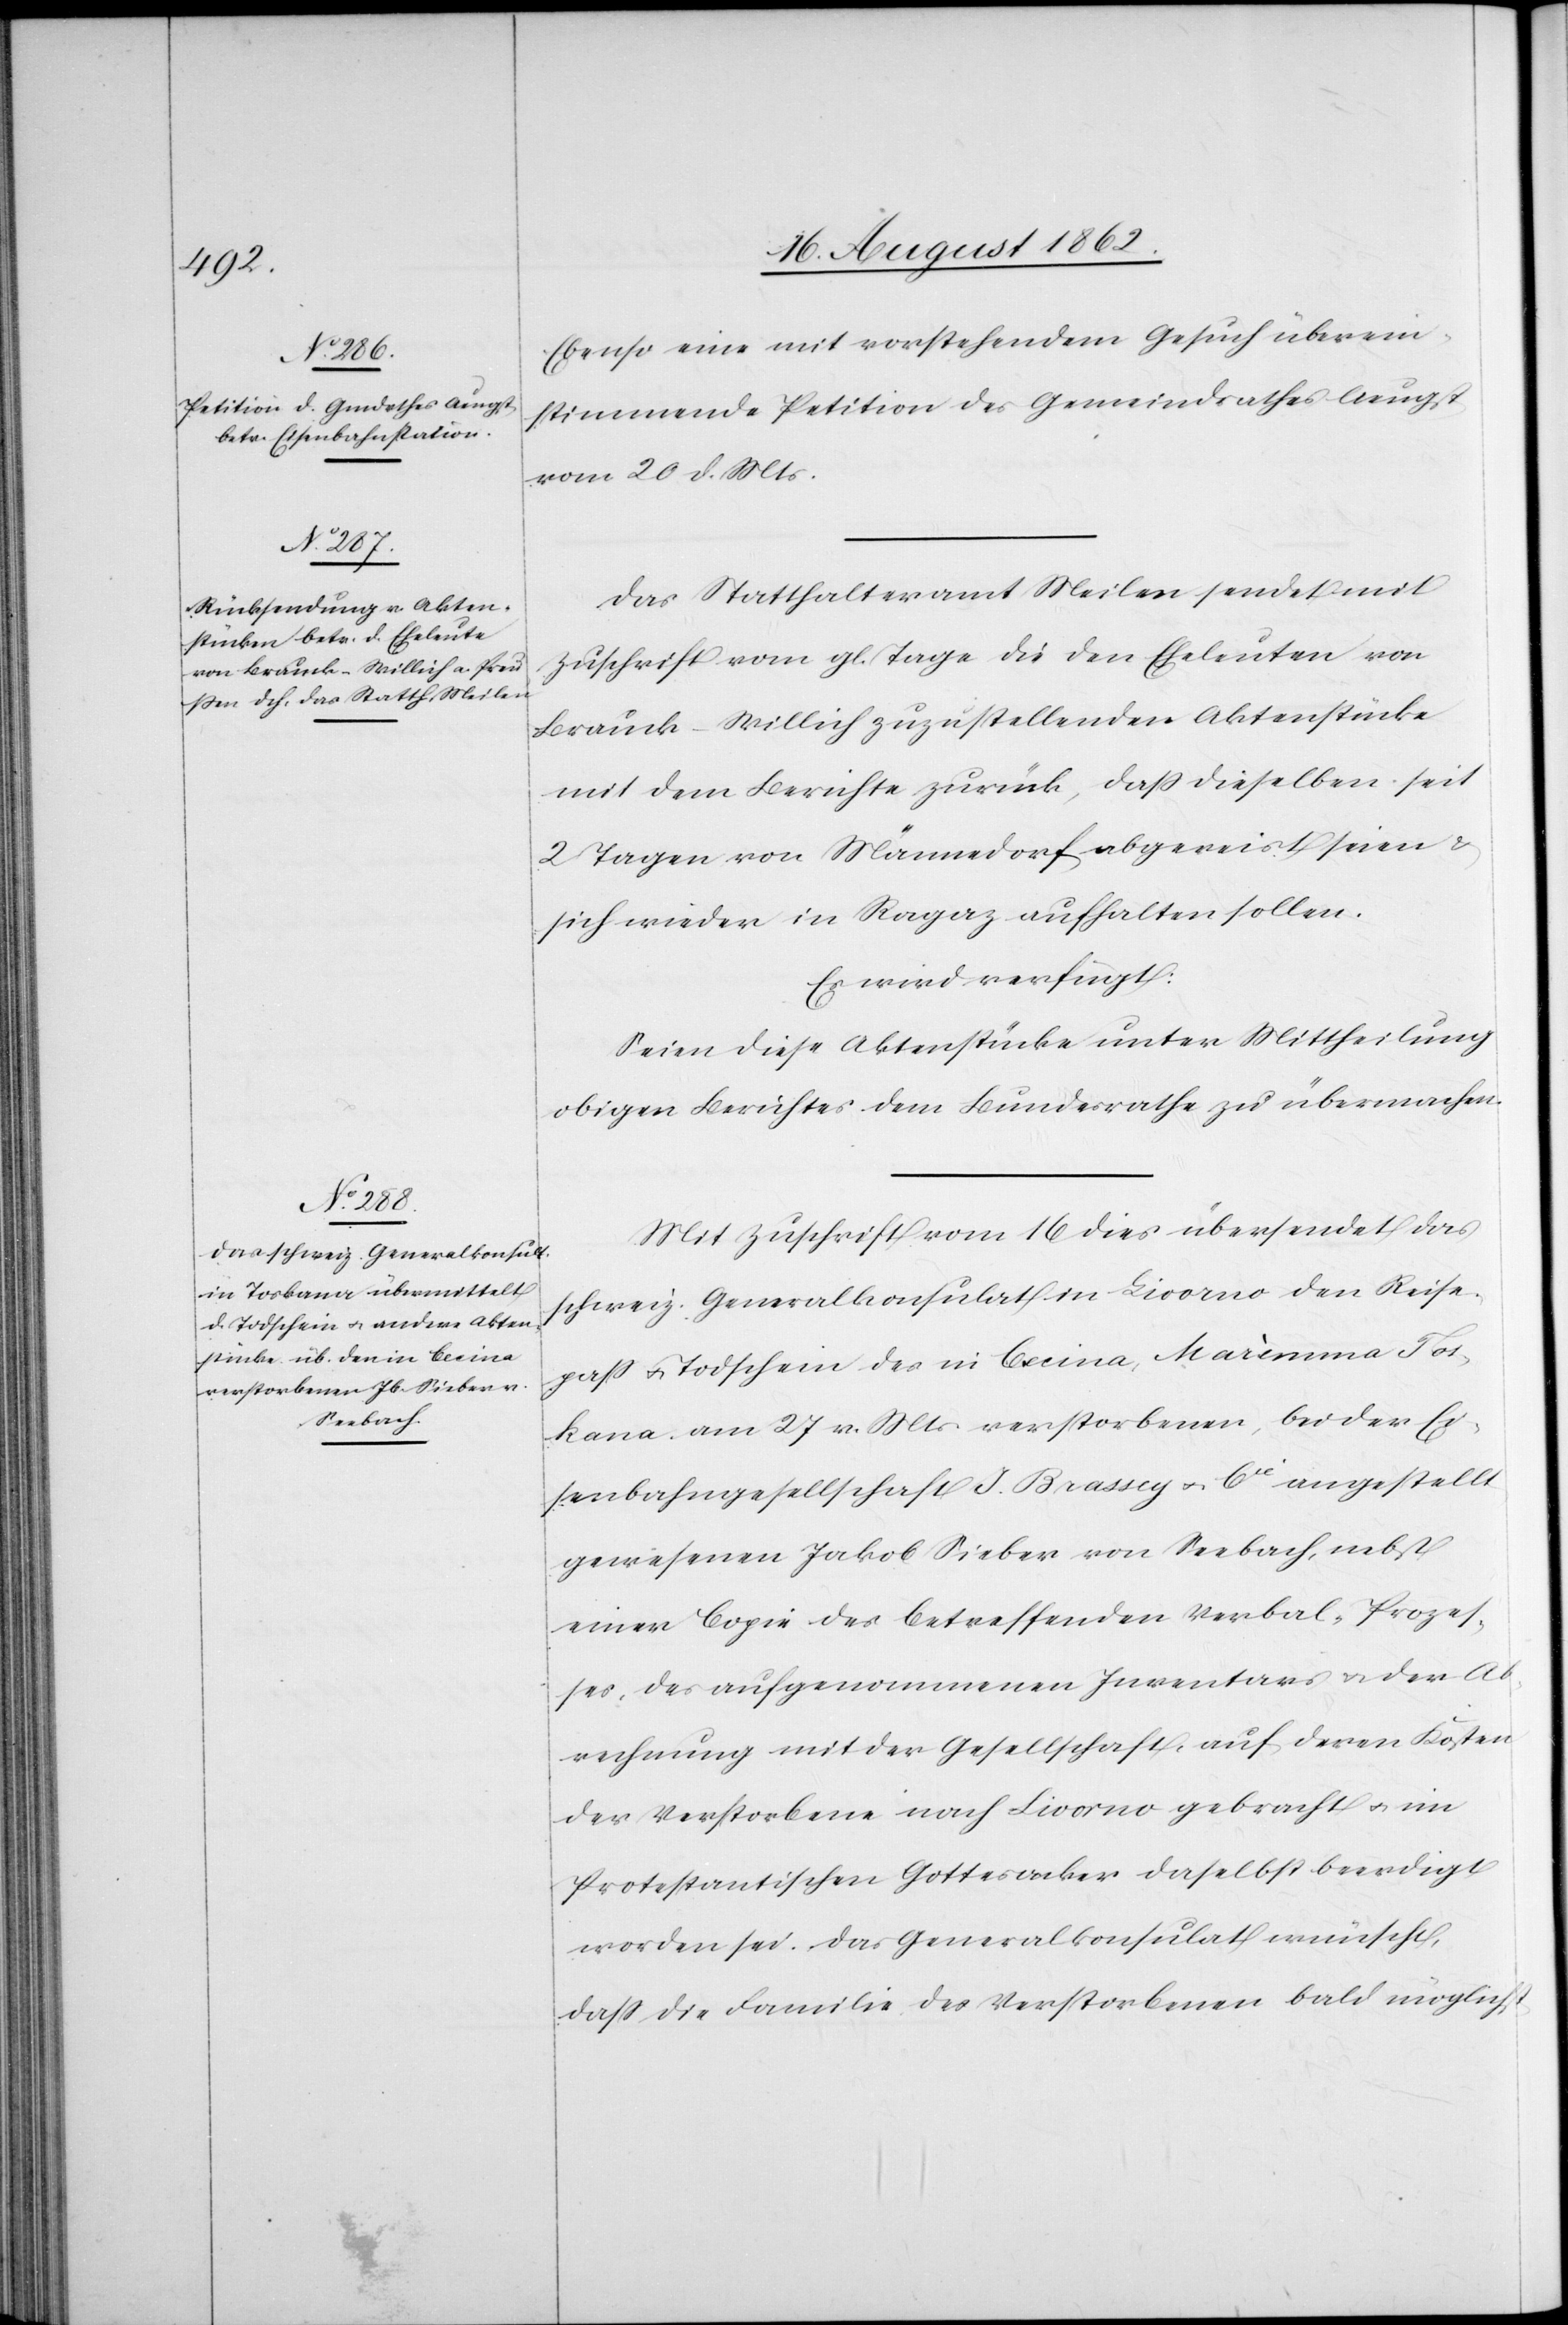
22. August 1862.]
Ebenso eine mit vorstehendem Gesuch überein¬
stimmende Petition des Gemeindrathes Aeugst
vom 20. d. Mts.
Das Statthalteramt Meilen sendet mit
Zuschrift vom gl. Tage die den Eheleuten von
Brauck-Willich zuzustellenden Aktenstücke
mit dem Berichte zurück, daß dieselben seit
2 Tagen von Männedorf abgereist seien u.
sich wieder in Ragaz aufhalten sollen.
Es wird verfügt:
Seien diese Aktenstücke unter Mittheilung
obigen Berichtes dem Bundesrathe zu übermachen.
Mit Zuschrift vom 16. dies übersendet das
schweiz. Generalkonsulat in Livorno den Reise¬
paß u. Todschein des in Cecina, Maremma Tos¬
kana, am 27. v. Mts. verstorbenen, bei der Ei¬
senbahngesellschaft J. Brasscy u. Cie angestellt
gewesenen Jakob Sieber von Seebach, nebst
einer Copie des betreffenden Verbal-Prozeß¬
es des aufgenommenen Inventars u. der Ab¬
rechnung mit der Gesellschaft, auf deren Kosten
der Verstorbene nach Livorno gebracht u. im
Protestantischen Gottesacker daselbst beerdigt
worden sei. Das Generalkonsulat wünscht,
daß die Familie des Verstorbenen bald möglichst